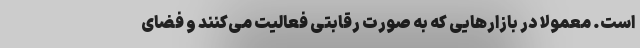
است. معمولا در بازارهایی که به صورت رقابتی فعالیت می‌کنند و فضای